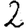
Digit: 2